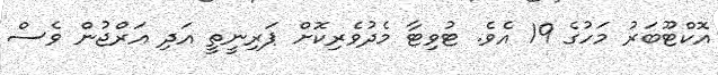
އޮކްޓޫބަރު މަހުގެ 19 އެވެ. ޓުވިޓާ މެދުވެރިކޮށް ޕަރިނީތީ އަދި އަރްޖުން ވެސް